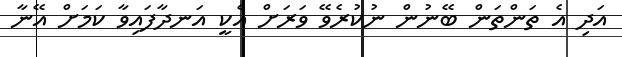
އަދި އެ ތަންތަން ބޭނުން ނުކުރެވޭ ވަރަށް އެކީ އަނދާފައިވާ ކަމަށް އޭނާ